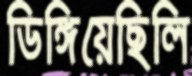
ডিঙ্গিয়েছিলি